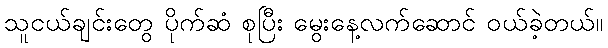
သူငယ်ချင်းတွေ ပိုက်ဆံ စုပြီး မွေးနေ့လက်ဆောင် ဝယ်ခဲ့တယ်။